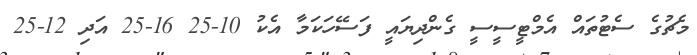
މެޗުގެ ސެޓުތައް އެމްޓީސީސީ ގެންދިޔައީ ފަސޭހަކަމާ އެކު 10-25 16-25 އަދި 12-25